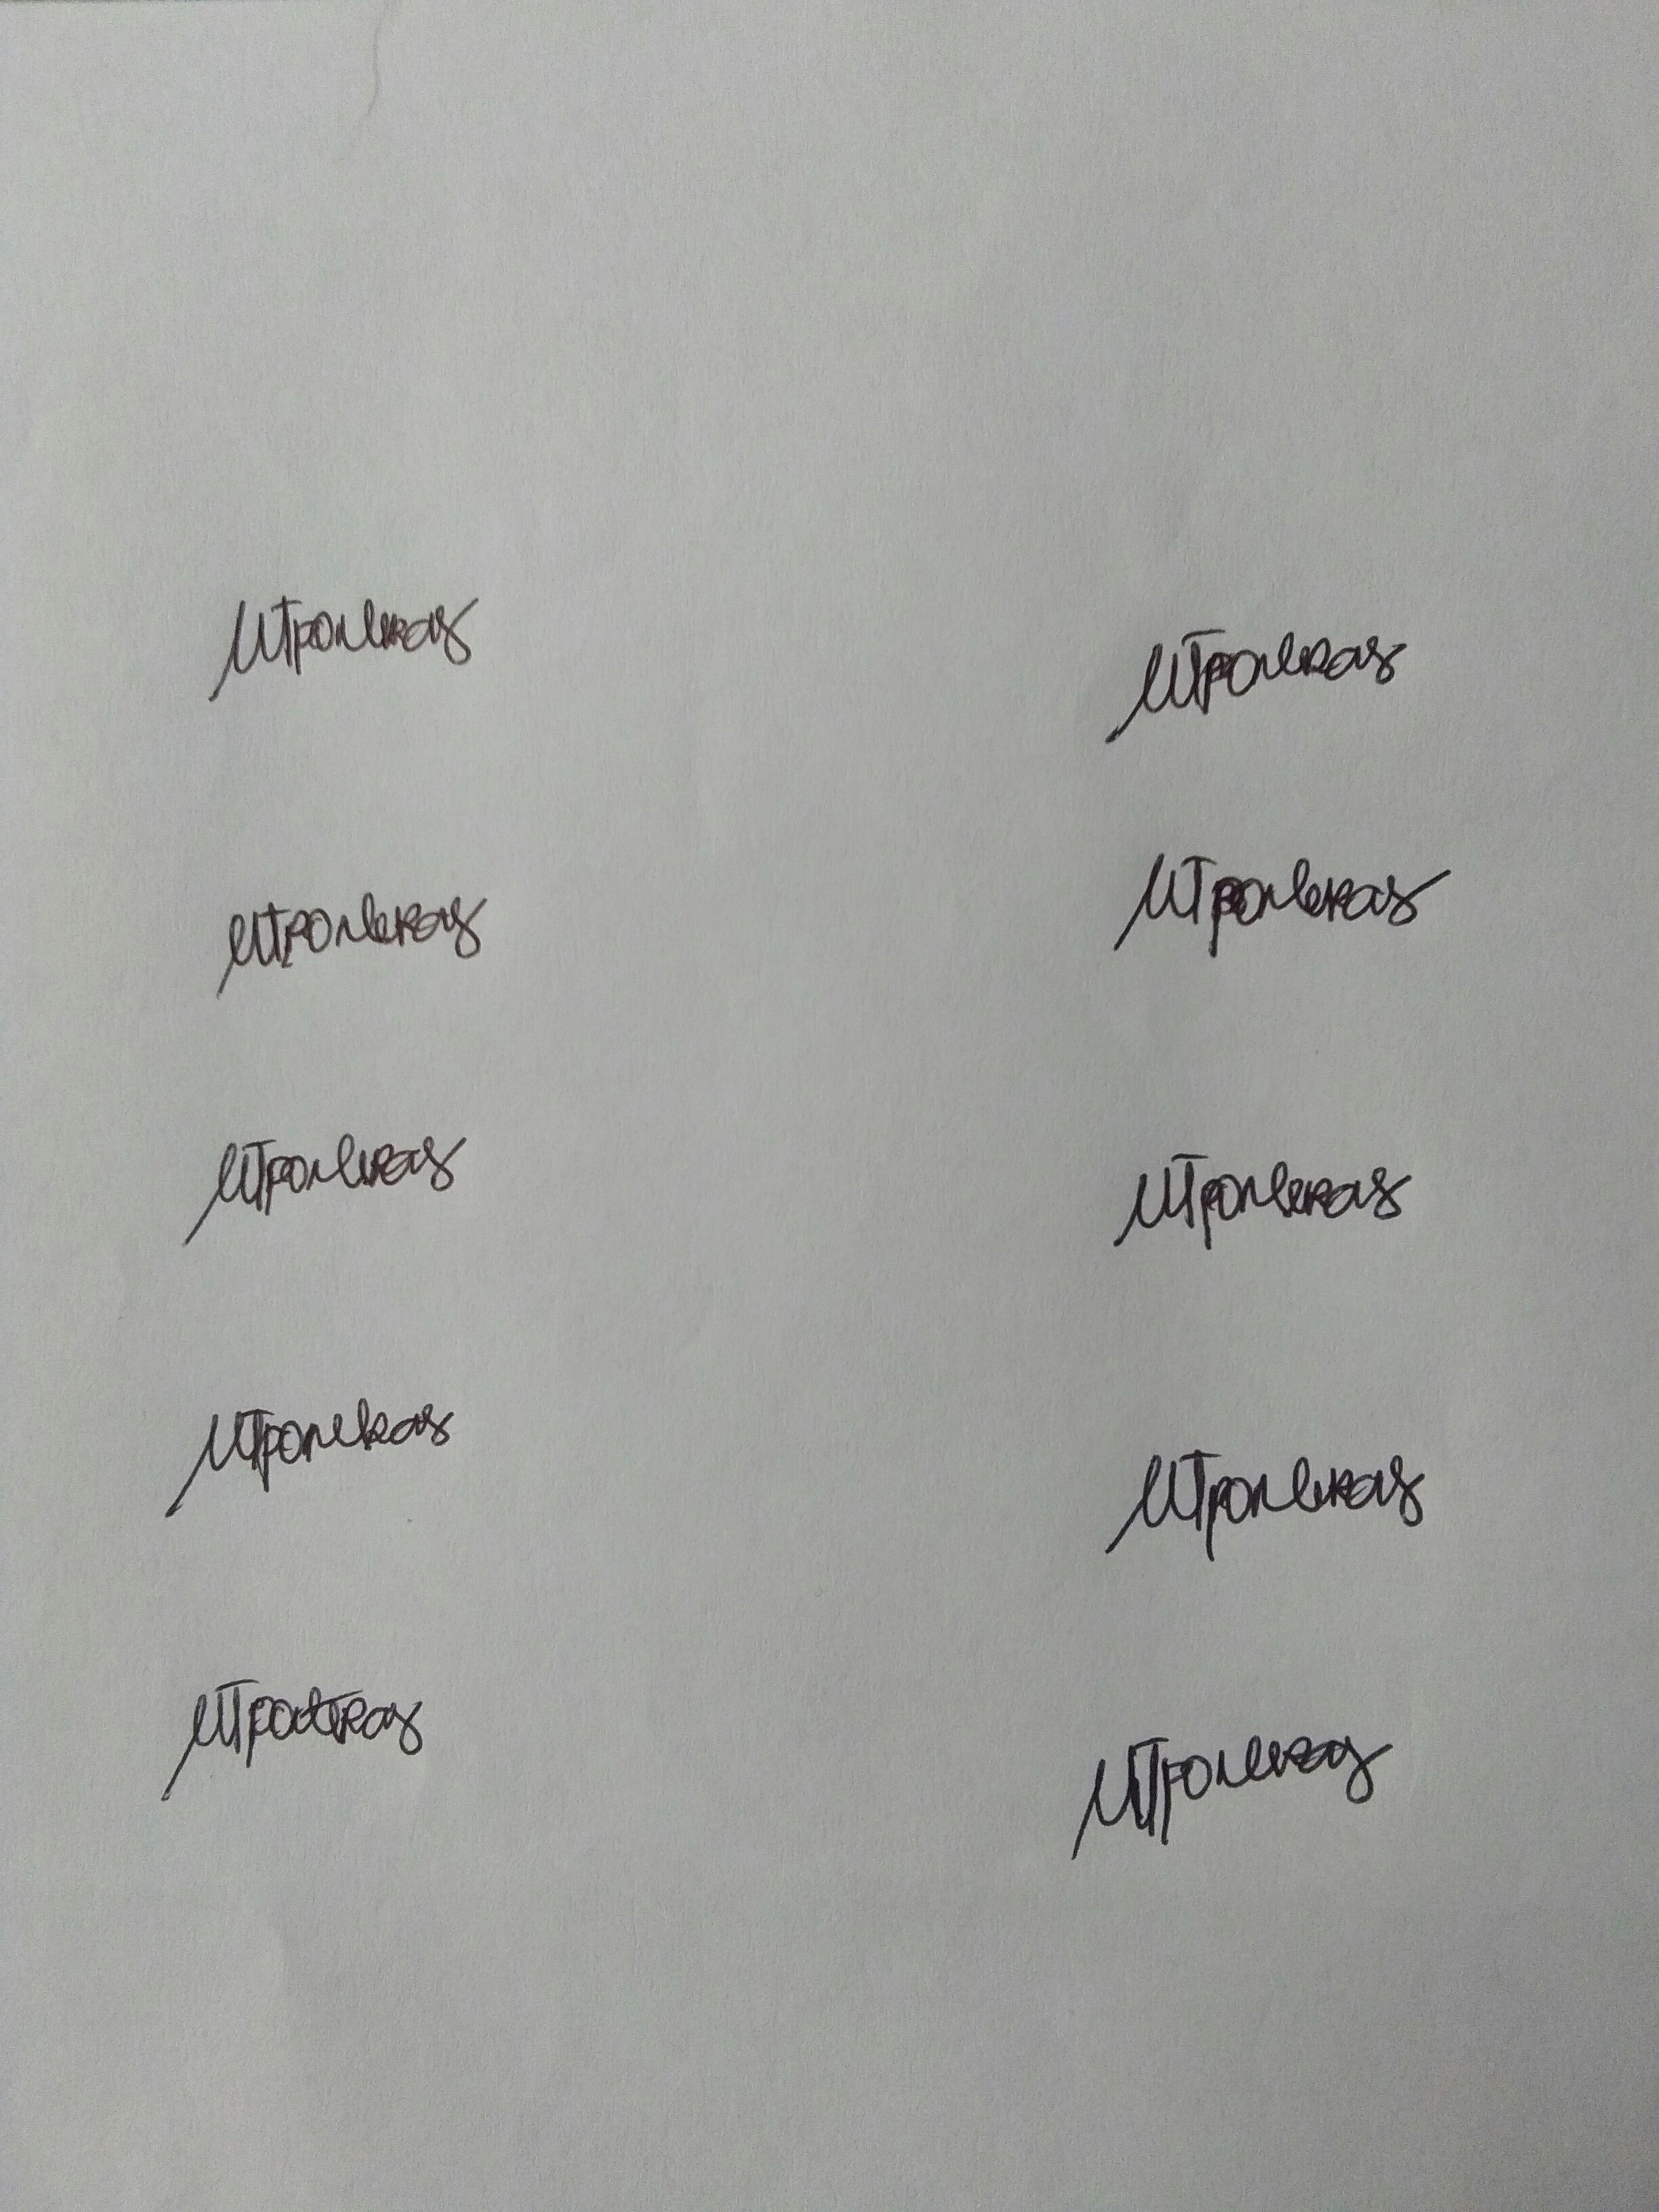
Signature authenticity: genuine